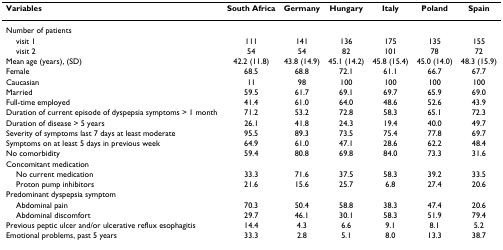
<table><thead><tr><td><b>Variables</b></td><td><b>South Africa</b></td><td><b>Germany</b></td><td><b>Hungary</b></td><td><b>Italy</b></td><td><b>Poland</b></td><td><b>Spain</b></td></tr></thead><tbody><tr><td>Number of patients</td><td></td><td></td><td></td><td></td><td></td><td></td></tr><tr><td> visit 1</td><td>111</td><td>141</td><td>136</td><td>175</td><td>135</td><td>155</td></tr><tr><td> visit 2</td><td>54</td><td>54</td><td>82</td><td>101</td><td>78</td><td>72</td></tr><tr><td>Mean age (years), (SD)</td><td>42.2 (11.8)</td><td>43.8 (14.9)</td><td>45.1 (14.2)</td><td>45.8 (15.4)</td><td>45.0 (14.0)</td><td>48.3 (15.9)</td></tr><tr><td>Female</td><td>68.5</td><td>68.8</td><td>72.1</td><td>61.1</td><td>66.7</td><td>67.7</td></tr><tr><td>Caucasian</td><td>11</td><td>98</td><td>100</td><td>100</td><td>100</td><td>100</td></tr><tr><td>Married</td><td>59.5</td><td>61.7</td><td>69.1</td><td>69.7</td><td>65.9</td><td>69.0</td></tr><tr><td>Full-time employed</td><td>41.4</td><td>61.0</td><td>64.0</td><td>48.6</td><td>52.6</td><td>43.9</td></tr><tr><td>Duration of current episode of dyspepsia symptoms &gt; 1 month</td><td>71.2</td><td>53.2</td><td>72.8</td><td>58.3</td><td>65.1</td><td>72.3</td></tr><tr><td>Duration of disease &gt; 5 years</td><td>26.1</td><td>41.8</td><td>24.3</td><td>19.4</td><td>40.0</td><td>49.7</td></tr><tr><td>Severity of symptoms last 7 days at least moderate</td><td>95.5</td><td>89.3</td><td>73.5</td><td>75.4</td><td>77.8</td><td>69.7</td></tr><tr><td>Symptoms on at least 5 days in previous week</td><td>64.9</td><td>61.0</td><td>47.1</td><td>28.6</td><td>62.2</td><td>48.4</td></tr><tr><td>No comorbidity</td><td>59.4</td><td>80.8</td><td>69.8</td><td>84.0</td><td>73.3</td><td>31.6</td></tr><tr><td>Concomitant medication</td><td></td><td></td><td></td><td></td><td></td><td></td></tr><tr><td> No current medication</td><td>33.3</td><td>71.6</td><td>37.5</td><td>58.3</td><td>39.2</td><td>33.5</td></tr><tr><td> Proton pump inhibitors</td><td>21.6</td><td>15.6</td><td>25.7</td><td>6.8</td><td>27.4</td><td>20.6</td></tr><tr><td>Predominant dyspepsia symptom</td><td></td><td></td><td></td><td></td><td></td><td></td></tr><tr><td> Abdominal pain</td><td>70.3</td><td>50.4</td><td>58.8</td><td>38.3</td><td>47.4</td><td>20.6</td></tr><tr><td> Abdominal discomfort</td><td>29.7</td><td>46.1</td><td>30.1</td><td>58.3</td><td>51.9</td><td>79.4</td></tr><tr><td>Previous peptic ulcer and/or ulcerative reflux esophagitis</td><td>14.4</td><td>4.3</td><td>6.6</td><td>9.1</td><td>8.1</td><td>5.2</td></tr><tr><td>Emotional problems, past 5 years</td><td>33.3</td><td>2.8</td><td>5.1</td><td>8.0</td><td>13.3</td><td>38.7</td></tr></tbody></table>